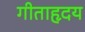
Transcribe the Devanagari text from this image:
गीताहृदय